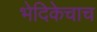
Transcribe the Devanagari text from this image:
भेदिकेचाच